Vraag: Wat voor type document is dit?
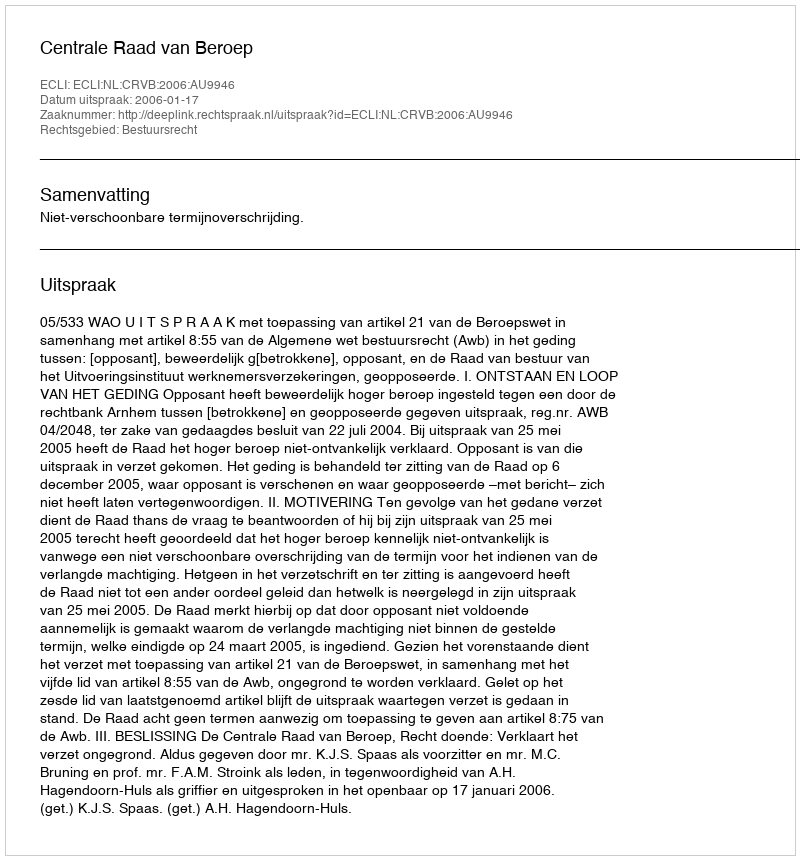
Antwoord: Uitspraak